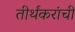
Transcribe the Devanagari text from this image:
तीर्थंकरांची